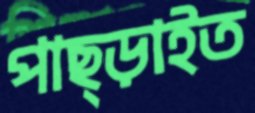
পাছ্‌ড়াইত